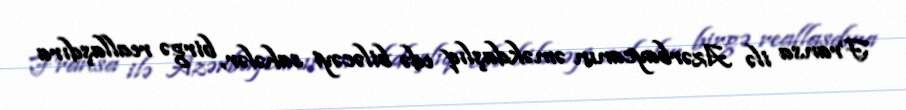
Fransa ilə Azərbaycanın əməkdaşlıq edə biləcəyi sahələr, birgə reallaşdıra